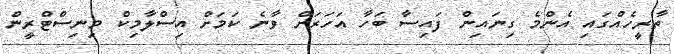
ތާރީހެއްގައި އެންމެ ގިނައިން ފައިސާ ބަހާ އަހަރަށް ވާނެ ކަމަށް އިސްލާމިކް މިނިސްޓްރީން